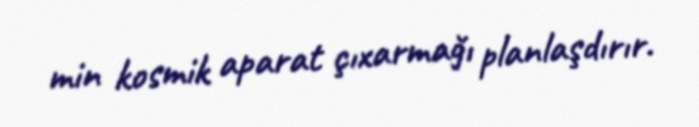
min kosmik aparat çıxarmağı planlaşdırır.